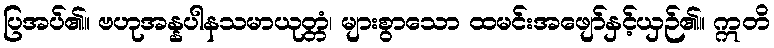
ပြအပ်၏။ ဗဟုအန္နပါနသမာယုတ္တံ၊ များစွာသော ထမင်းအဖျော်နှင့်ယှဉ်၏။ ဣတိ